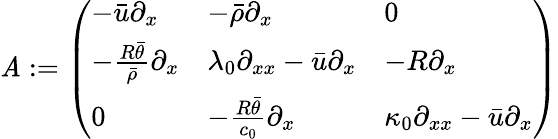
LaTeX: \mathit{A}:=\left(\begin{array}{lll}{-\bar{u}\partial_{x}}&{-\bar{\rho}\partial_{x}}&{0}\\ {-\frac{R\bar{\theta}}{\bar{\rho}}\partial_{x}}&{\lambda_{0}\partial_{xx}-\bar{u}\partial_{x}}&{-R\partial_{x}}\\ {0}&{-\frac{R\bar{\theta}}{c_{0}}\partial_{x}}&{\kappa_{0}\partial_{xx}-\bar{u}\partial_{x}}\end{array}\right)